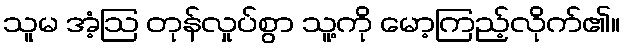
သူမ အံ့ဩ တုန်လှုပ်စွာ သူ့ကို မော့ကြည့်လိုက်၏။